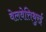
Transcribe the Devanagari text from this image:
वेलवेत्तिथुरई